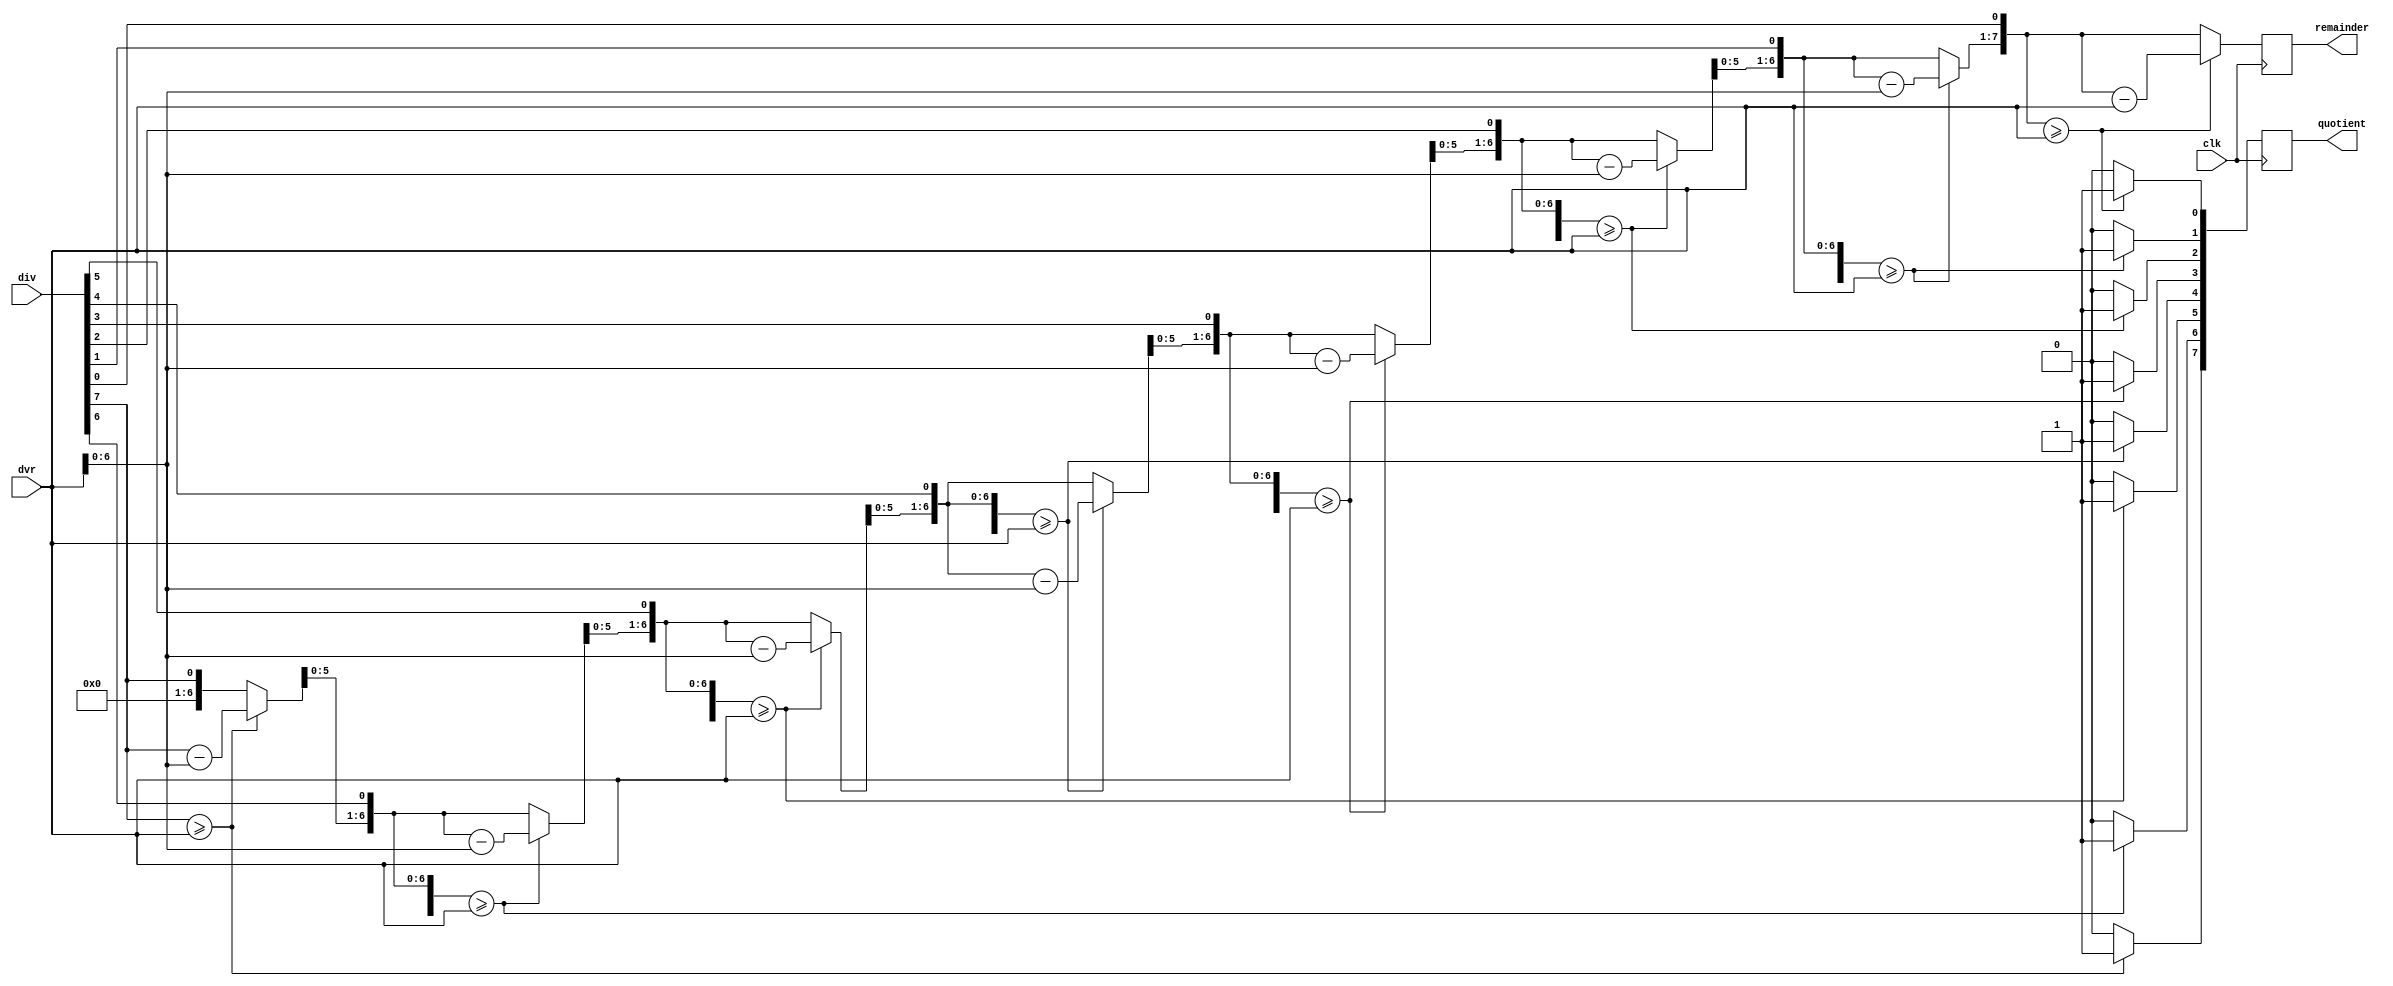
module divider_5(
    input [7:0] div, 
    input [7:0] dvr, 
	input clk,
    output [7:0] quotient, 
    output [7:0] remainder 
    );
integer i;
reg [7:0] diff; 
reg [7:0] qu;
reg [7:0] rem;
always @(posedge clk) begin
rem [7:0] = 8'b0; 
qu [7:0] = div[7:0]; 
for (i=0;i<=7;i=i+1) begin
rem = rem<<1;
rem[0] = qu[7];
qu = qu<<1;
qu[0] = 1'b0;
 if ( rem >= dvr) begin
rem = rem-dvr;
qu[0] = 1'b1;
						end
			end
end 
assign remainder [7:0] = rem[7:0];
assign quotient [7:0] = qu[7:0];
endmodule